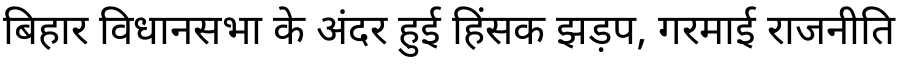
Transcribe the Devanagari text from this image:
बिहार विधानसभा के अंदर हुई हिंसक झड़प, गरमाई राजनीति